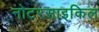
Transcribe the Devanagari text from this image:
नोटरसाइकिल